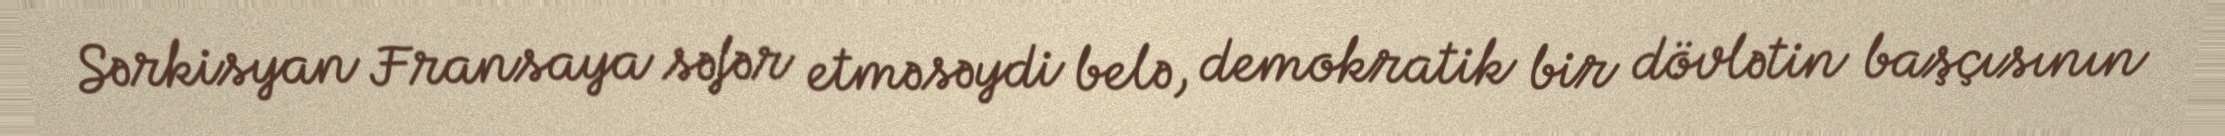
Sərkisyan Fransaya səfər etməsəydi belə, demokratik bir dövlətin başçısının